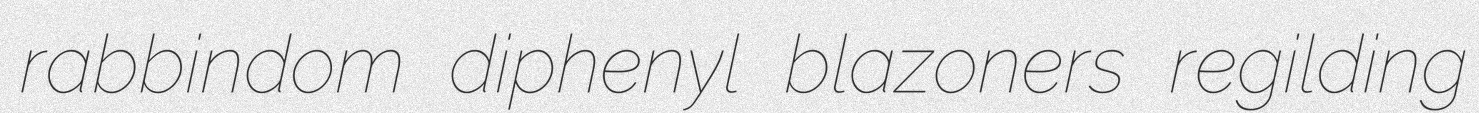
rabbindom diphenyl blazoners regilding